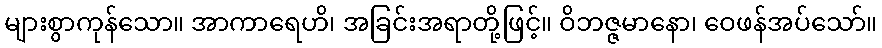
များစွာကုန်သော။ အာကာရေဟိ၊ အခြင်းအရာတို့ဖြင့်။ ဝိဘဇ္ဇမာနော၊ ဝေဖန်အပ်သော်။